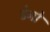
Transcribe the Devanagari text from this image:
डेनो